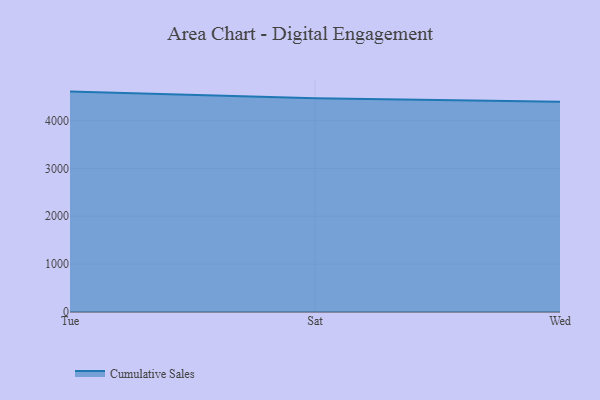
{"axis": {"x": "Day", "y": "Energy Usage (MWh)"}, "legend": ["Cumulative Sales"], "data": [{"x": "Tue", "y": 4604.6, "type": "Cumulative Sales"}, {"x": "Sat", "y": 4464.6, "type": "Cumulative Sales"}, {"x": "Wed", "y": 4390.2, "type": "Cumulative Sales"}]}